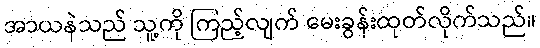
အာယနဲသည် သူ့ကို ကြည့်လျက် မေးခွန်းထုတ်လိုက်သည်။